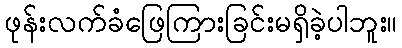
ဖုန်းလက်ခံဖြေကြားခြင်းမရှိခဲ့ပါဘူး။